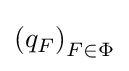
\left(q_{F}\right)_{F\in \Phi }